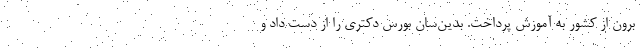
برون از کشور به آموزش پرداخت. بدین‌سان بورس دکتری را از دست داد و